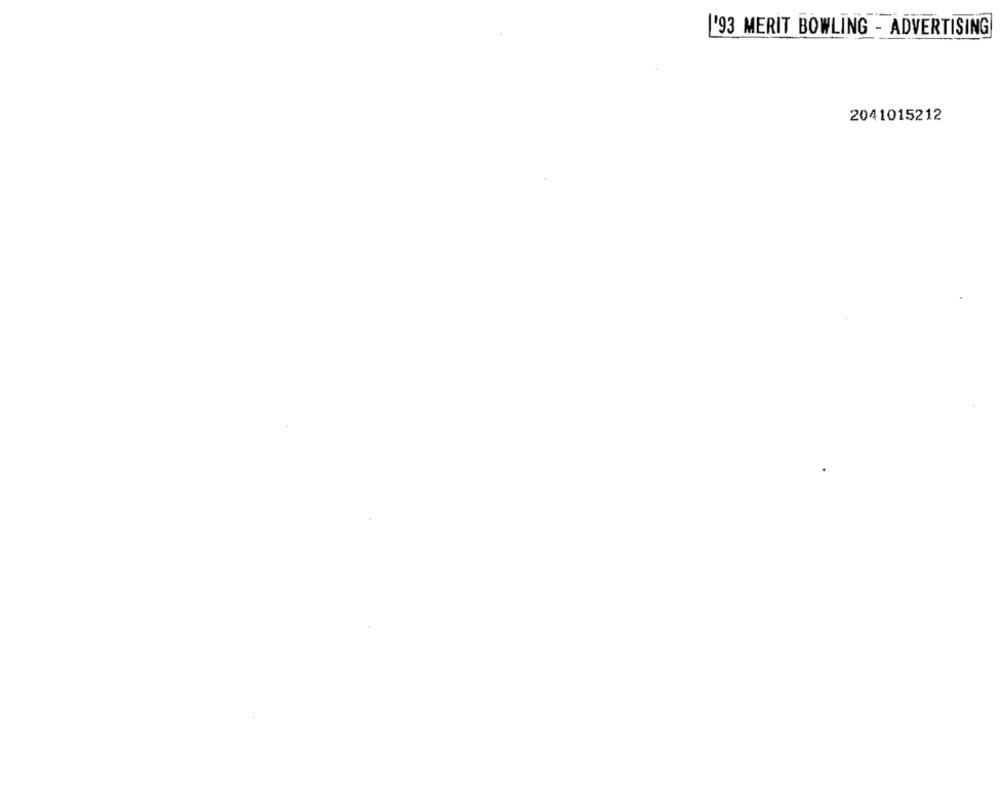
['93 MERIT BOWLING - ADVERTISING
2041015212